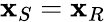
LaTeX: \mathbf{x}_{S}=\mathbf{x}_{R}